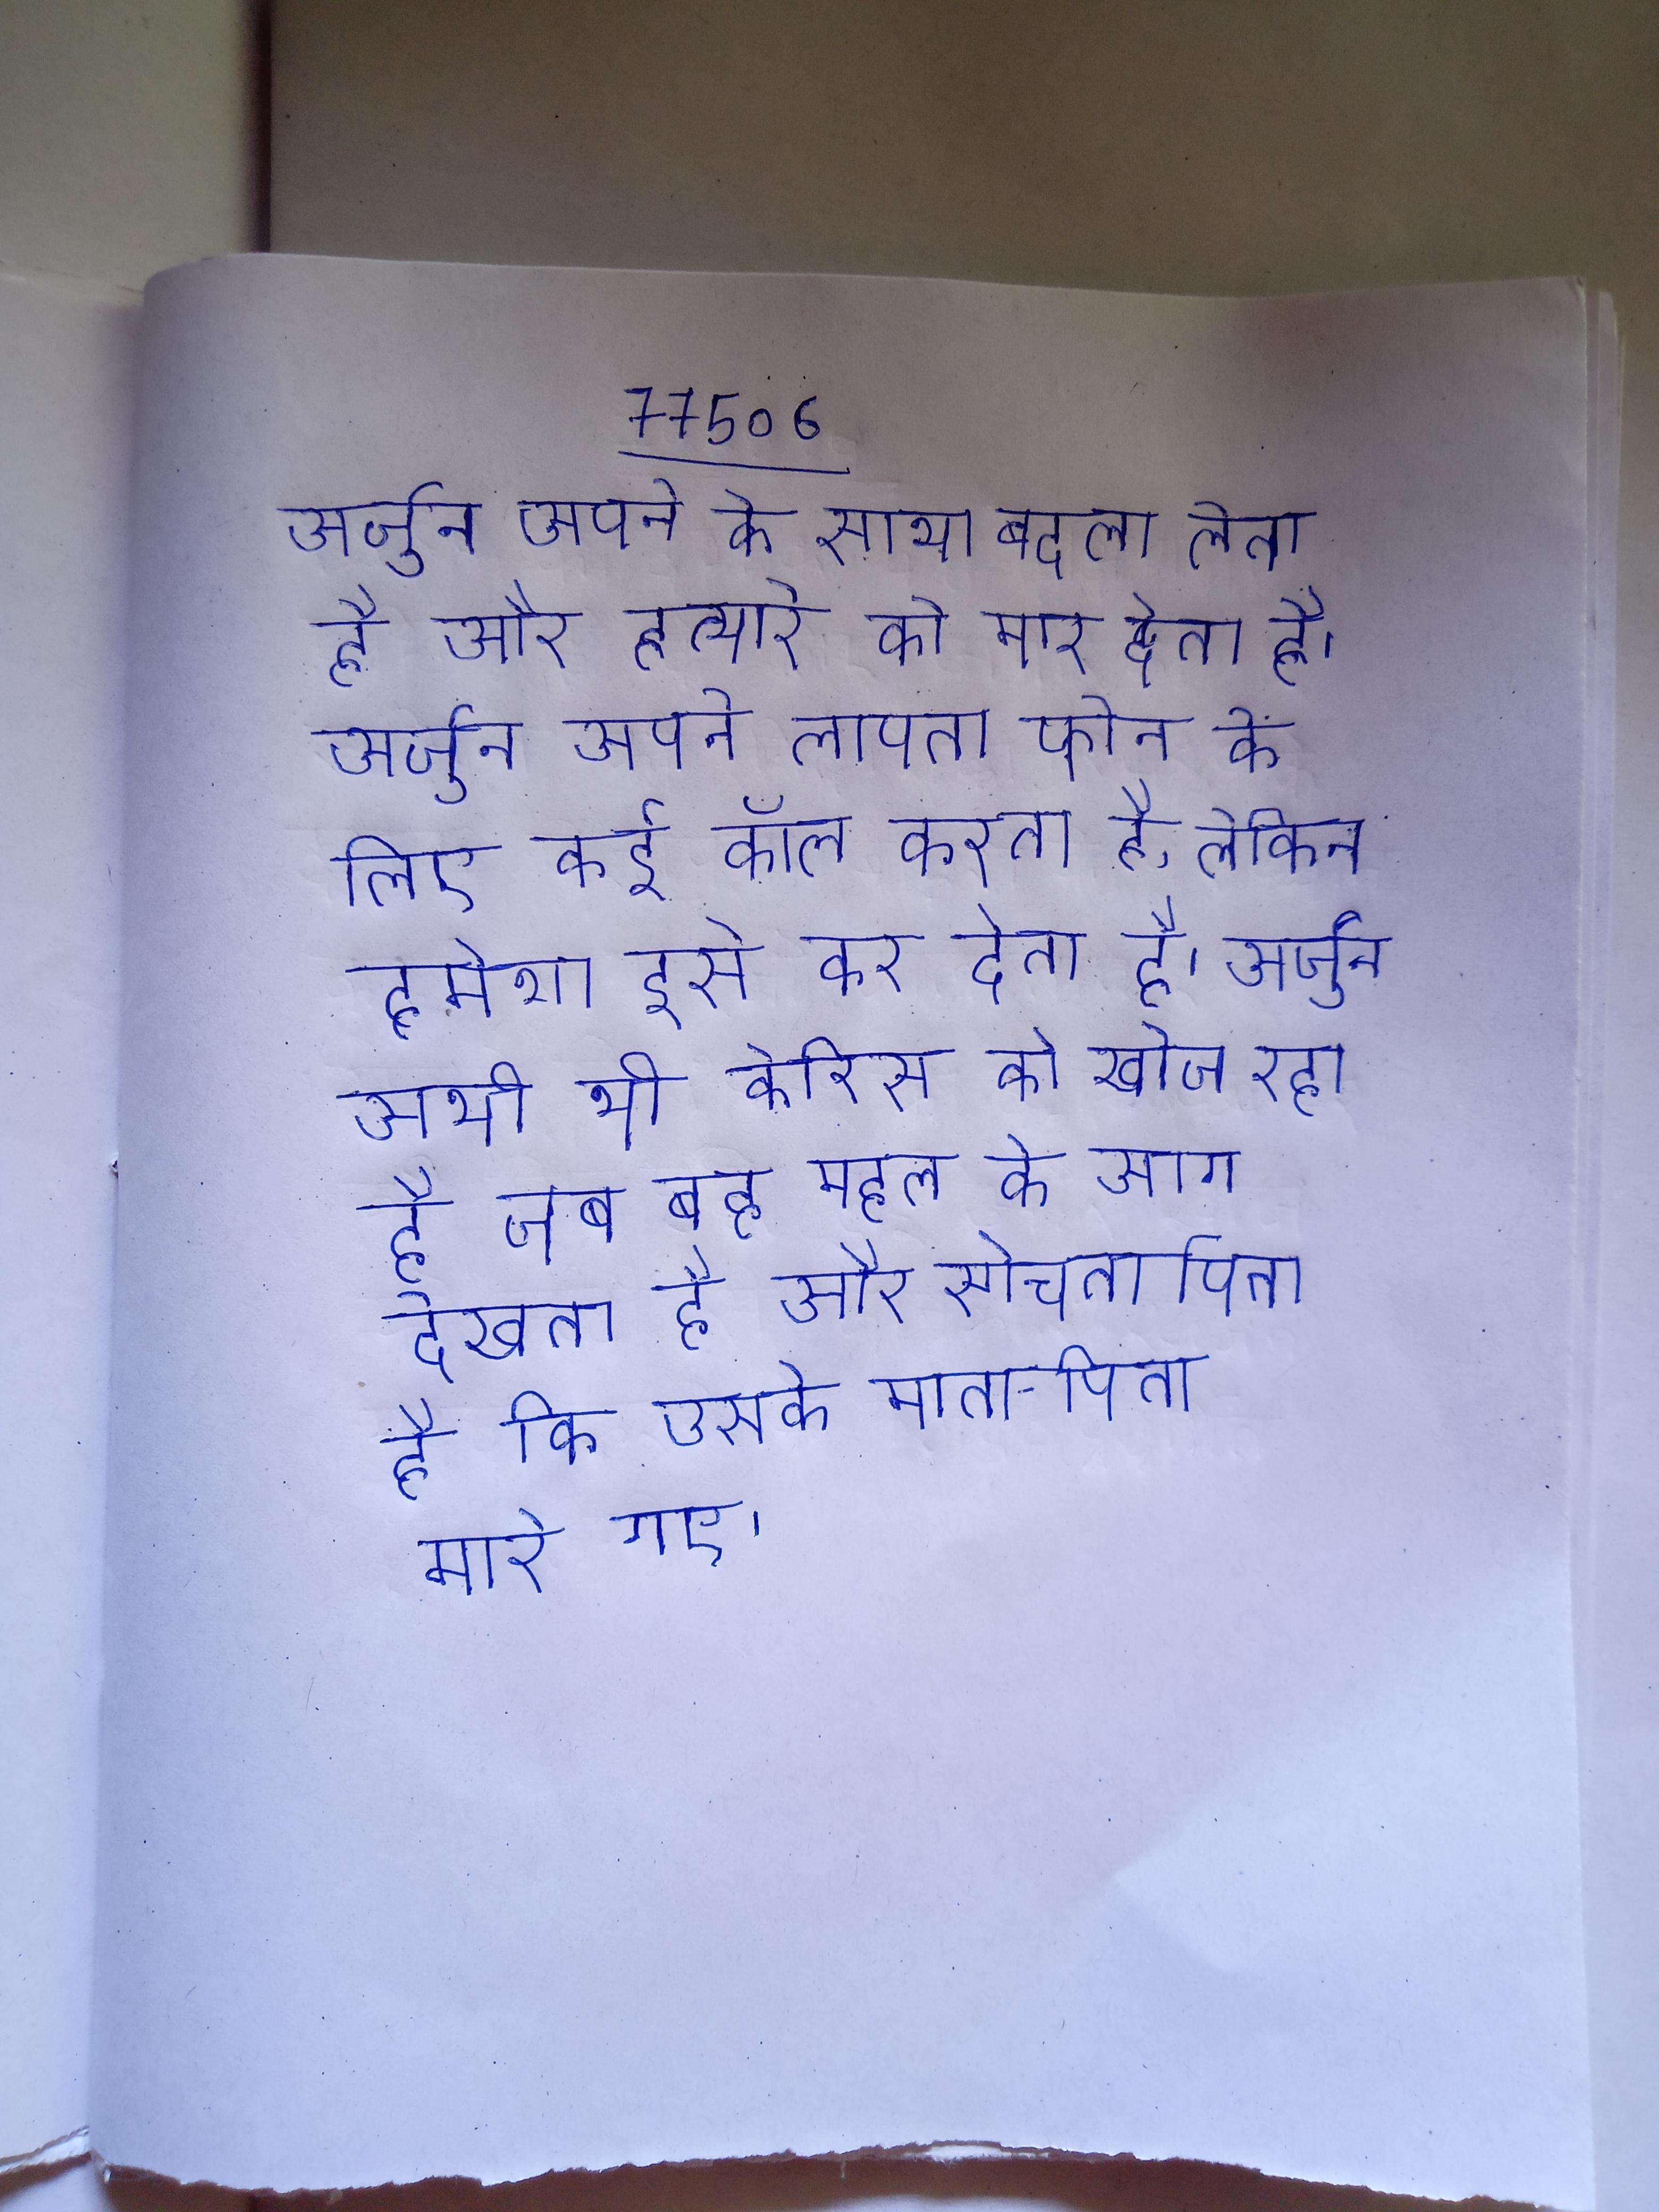
अर्जुन अपने के साथ बदला लेता है और हत्यारे को मार देता है । अर्जुन अपने लापता फोन के लिए कई कॉल करता है, लेकिन हमेशा इसे कर देता है । अर्जुन अभी भी केरिस को खोज रहा है जब वह महल के आग देखता है और सोचता है कि उसके माता-पिता मारे गए ।